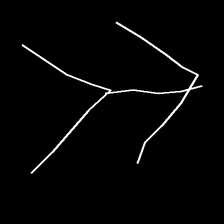
Glyph: gather